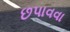
છપાવવા